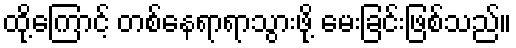
ထို့ကြောင့် တစ်နေရာရာသွားဖို့ မေးခြင်းဖြစ်သည်။